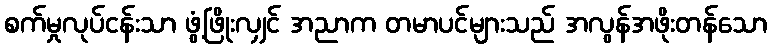
စက်မှုလုပ်ငန်းသာ ဖွံ့ဖြိုးလျှင် အညာက တမာပင်များသည် အလွန်အဖိုးတန်သော